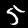
Label: 5